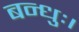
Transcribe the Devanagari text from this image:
बन्धुः।